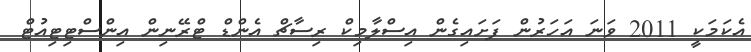
އެކަމަކީ 2011 ވަނަ އަހަރުން ފަށައިގެން އިސްލާމިކް ރިސާޗް އެންޑް ޓްރޭނިން އިންސްޓިޓިއުޓް